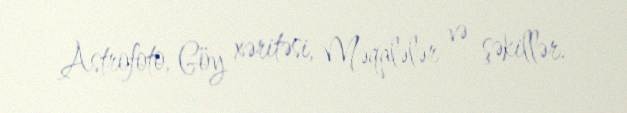
Astrofoto, Göy xəritəsi, Məqalələr və şəkillər.